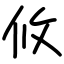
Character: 攸